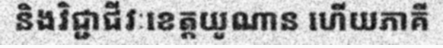
និងវិជ្ជាជីវៈខេត្តយូណាន ហើយភាគី